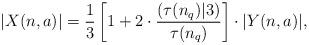
LaTeX: \begin{align*} |X(n,a)| = \frac13\left[1+2\cdot\frac{(\tau(n_q)|3)}{\tau(n_q)}\right]\cdot|Y(n,a)|,\end{align*}